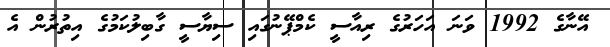
އޭނާގެ 1992 ވަނަ އަހަރުގެ ރިއާސީ ކެމްޕޭނުގައި ސިޔާސީ ގާބިލުކަމުގެ އިތުރުން އެ